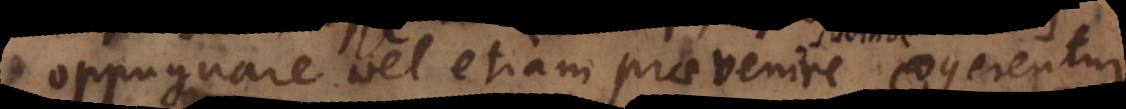
oppugnare, vel etiam praevenire cogerentur.